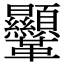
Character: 𩎍